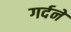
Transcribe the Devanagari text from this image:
गर्दनें